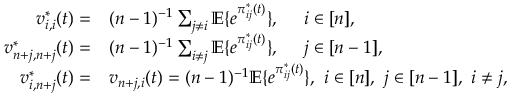
\begin{array} { r l } { v _ { i , i } ^ { * } ( t ) = } & { ( n - 1 ) ^ { - 1 } \sum _ { j \neq i } \mathbb { E } \{ e ^ { \pi _ { i j } ^ { * } ( t ) } \} , \quad ~ i \in [ n ] , } \\ { v _ { n + j , n + j } ^ { * } ( t ) = } & { ( n - 1 ) ^ { - 1 } \sum _ { i \neq j } \mathbb { E } \{ e ^ { \pi _ { i j } ^ { * } ( t ) } \} , \quad ~ j \in [ n - 1 ] , } \\ { v _ { i , n + j } ^ { * } ( t ) = } & { v _ { n + j , i } ( t ) = ( n - 1 ) ^ { - 1 } \mathbb { E } \{ e ^ { \pi _ { i j } ^ { * } ( t ) } \} , ~ i \in [ n ] , ~ j \in [ n - 1 ] , ~ i \neq j , } \end{array}